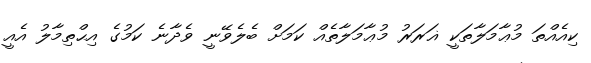
ކިއެއްތަ މުޢާމަލާތަކީ ޣަރަރު މުޢާމަލާތެއް ކަމަށް ބެލެވޭނީ ވެދާނެ ކަމުގެ އިޙްތިމާލު އެއީ